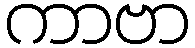
ကာဗာ